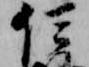
信